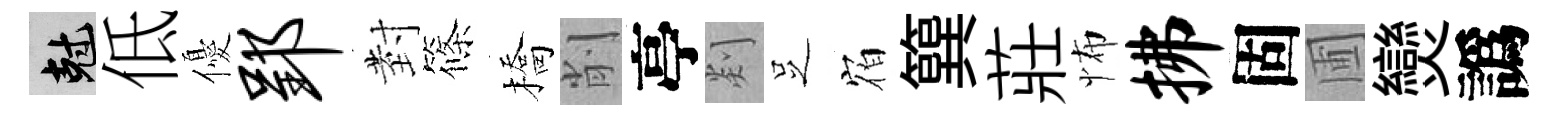
剋低優郢𭔹篠橋削亭剡𠯁𪧐簨莊怖拂固圃𤓖譌